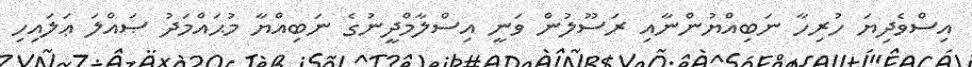
އިސްވެދިޔަ ހުރިހާ ނަބިއްޔުންނާއި ރަސޫލުން ވަނީ އިސްލާމްދީނުގެ ނަބިއްޔާ މުޙައްމަދު ޞައްލަ ޢަލައިހި